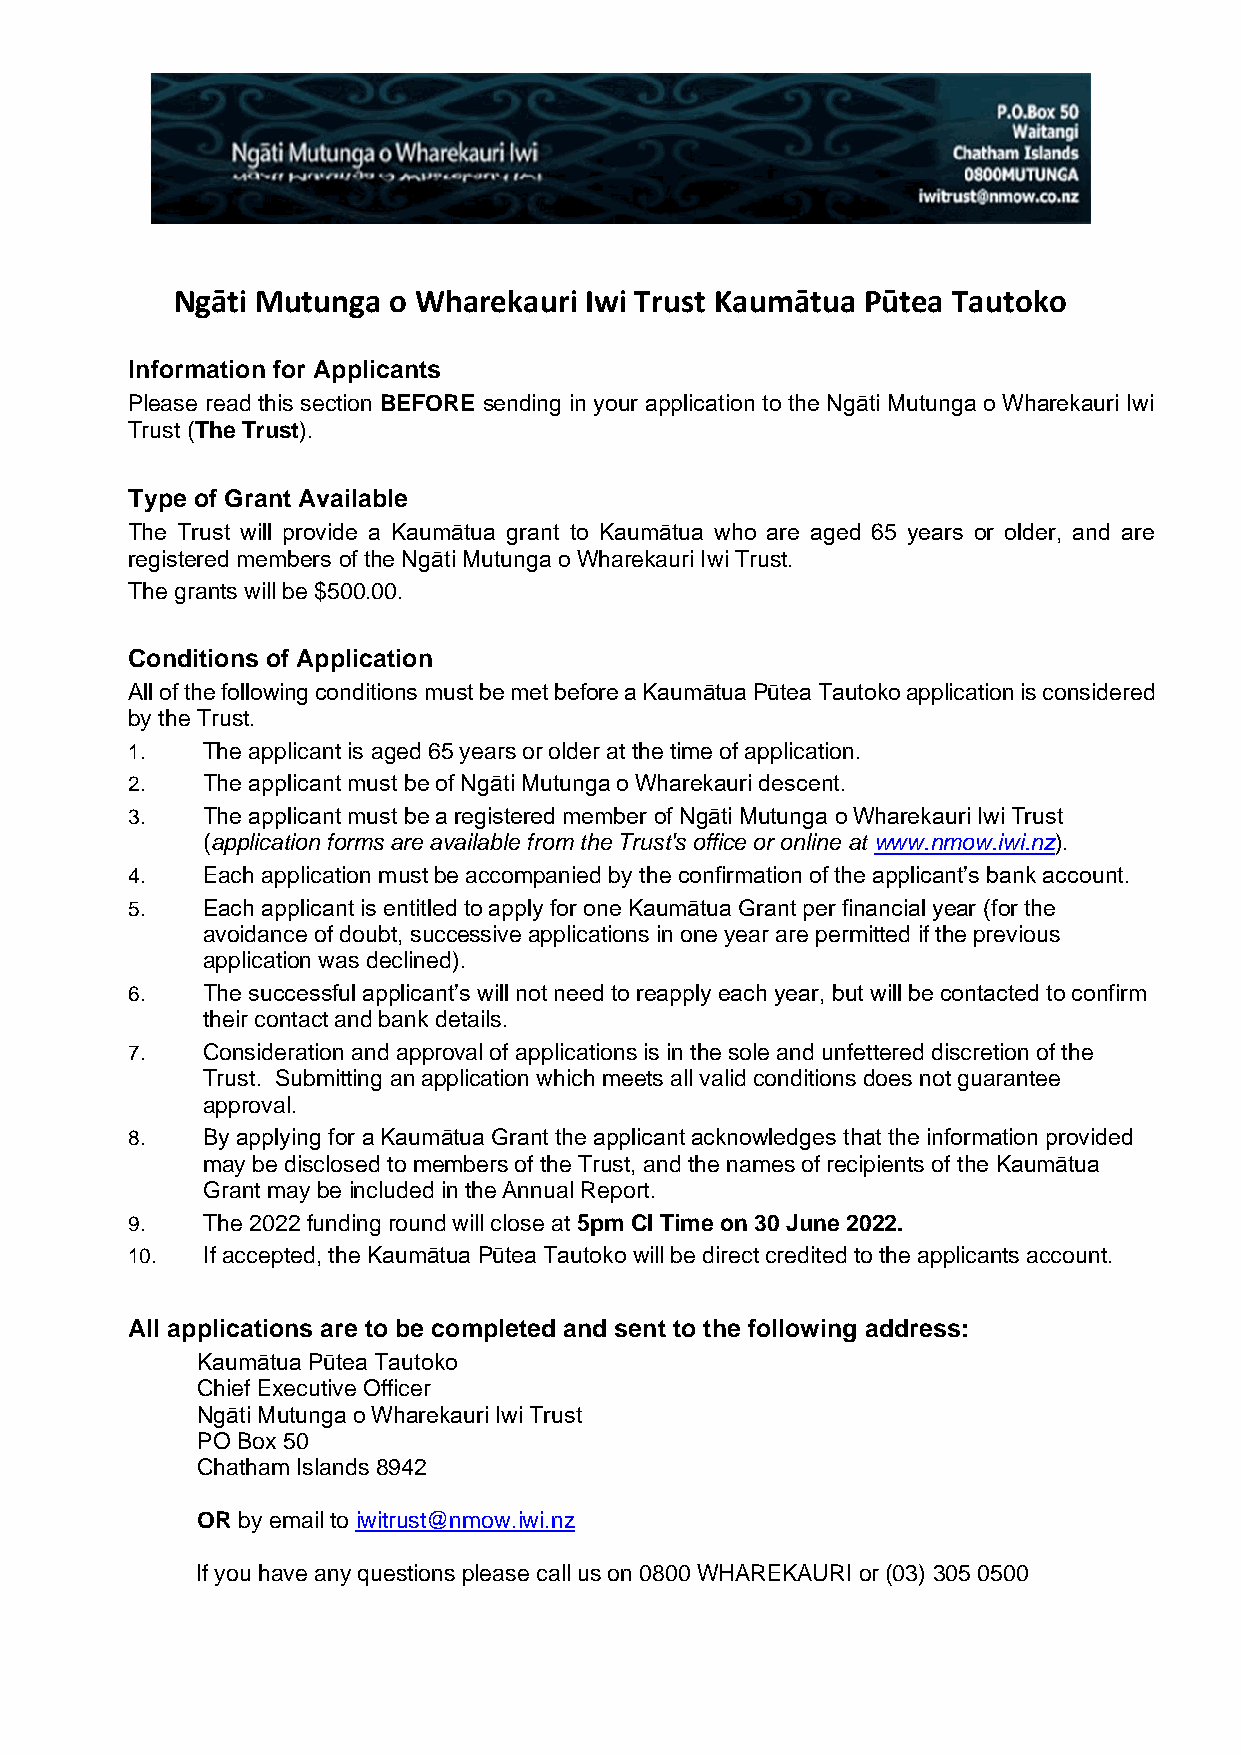
Ngāti Mutunga o Wharekauri Iwi Trust Kaumātua Pūtea Tautoko
 Information for Applicants
 Please read this section BEFORE sending in your application to the Ngāti Mutunga o Wharekauri Iwi
 Trust (The Trust).
 Type of Grant Available
 The Trust will provide a Kaumātua grant to Kaumātua who are aged 65 years or older, and are
 registered members of the Ngāti Mutunga o Wharekauri Iwi Trust.
 The grants will be $500.00.
 Conditions of Application
 All of the following conditions must be met before a Kaumātua Pūtea Tautoko application is considered
 by the Trust.
 1.   The applicant is aged 65 years or older at the time of application.
 2.   The applicant must be of Ngāti Mutunga o Wharekauri descent.
 3.   The applicant must be a registered member of Ngāti Mutunga o Wharekauri Iwi Trust
 (application forms are available from the Trust's office or online at www.nmow.iwi.nz).
 4.   Each application must be accompanied by the confirmation of the applicant’s bank account.
 5.   Each applicant is entitled to apply for one Kaumātua Grant per financial year (for the
 avoidance of doubt, successive applications in one year are permitted if the previous
 application was declined).
 6.   The successful applicant’s will not need to reapply each year, but will be contacted to confirm
 their contact and bank details.
 7.   Consideration and approval of applications is in the sole and unfettered discretion of the
 Trust. Submitting an application which meets all valid conditions does not guarantee
 approval.
 8.   By applying for a Kaumātua Grant the applicant acknowledges that the information provided
 may be disclosed to members of the Trust, and the names of recipients of the Kaumātua
 Grant may be included in the Annual Report.
 9.   The 2022 funding round will close at 5pm CI Time on 30 June 2022.
 10.  If accepted, the Kaumātua Pūtea Tautoko will be direct credited to the applicants account.
 All applications are to be completed and sent to the following address:
 Kaumātua Pūtea Tautoko
 Chief Executive Officer
 Ngāti Mutunga o Wharekauri Iwi Trust
 PO Box 50
 Chatham Islands 8942
 OR by email to iwitrust@nmow.iwi.nz
 If you have any questions please call us on 0800 WHAREKAURI or (03) 305 0500